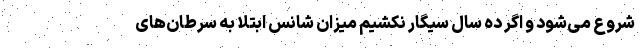
شروع می‌شود و اگر ده سال سیگار نکشیم میزان شانس ابتلا به سرطان‌های